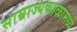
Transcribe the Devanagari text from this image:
साम्राज्यकाळामध्ये